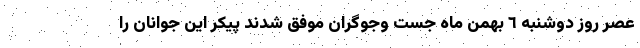
عصر روز دوشنبه ٦ بهمن ماه جست وجوگران موفق شدند پیکر این جوانان را